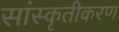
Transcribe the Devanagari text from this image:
सांस्कृतीकरण